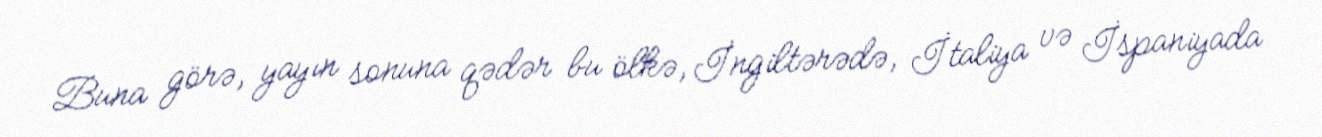
Buna görə, yayın sonuna qədər bu ölkə, İngiltərədə, İtaliya və İspaniyada